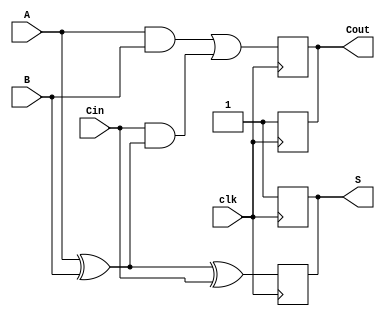
module dynamic_full_adder (
    input wire A,       // First binary input
    input wire B,       // Second binary input
    input wire Cin,     // Carry-in input
    input wire clk,     // Clock signal
    output reg S,       // Sum output
    output reg Cout     // Carry-out output
);

// Internal signals
reg precharge;  // Signal to control precharge phase

// Precharge phase
always @(posedge clk) begin
    // During the precharge phase, set outputs to high
    precharge <= 1;
    S <= 1'b1;   // Precharge sum output
    Cout <= 1'b1; // Precharge carry-out output
end

// Evaluation phase
always @(negedge clk) begin
    precharge <= 0; // End precharge phase

    // Compute sum and carry-out outputs based on inputs
    S <= A ^ B ^ Cin; // Sum output
    Cout <= (A & B) | (Cin & (A ^ B)); // Carry-out output
end

endmodule